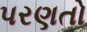
પરણતો